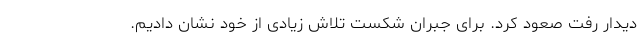
دیدار رفت صعود کرد. برای جبران شکست تلاش زیادی از خود نشان دادیم.